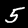
Digit: 5